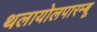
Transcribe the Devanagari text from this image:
थलायोलपारम्बू